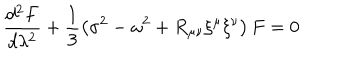
LaTeX: \frac { d ^ { 2 } F } { d \lambda ^ { 2 } } + \frac { 1 } { 3 } \left( \sigma ^ { 2 } - \omega ^ { 2 } + R _ { \mu \nu } \xi ^ { \mu } \xi ^ { \nu } \right) F = 0